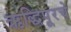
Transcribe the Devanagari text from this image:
ऋद्धिपूरचे